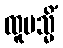
ထူပသ္မိံ